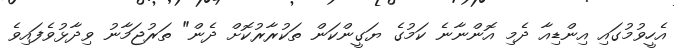
އެހީވުމުގައި އިންޑިއާ ދެމި އޮންނާނެ ކަމުގެ ޔަގީންކަން ތަކުރާރުކޮށް ދެން" ތަރުޖަމާނު ވިދާޅުވެފައިވެ